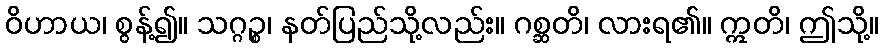
ဝိဟာယ၊ စွန့်၍။ သဂ္ဂဉ္စ၊ နတ်ပြည်သို့လည်း။ ဂစ္ဆတိ၊ လားရ၏။ ဣတိ၊ ဤသို့။